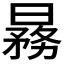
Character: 𬁒